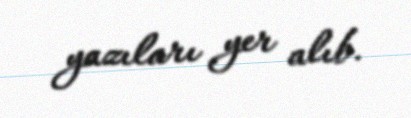
yazıları yer alıb.